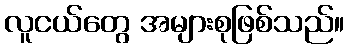
လူငယ်တွေ အများစုဖြစ်သည်။